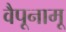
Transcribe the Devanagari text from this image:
वैपूनामू